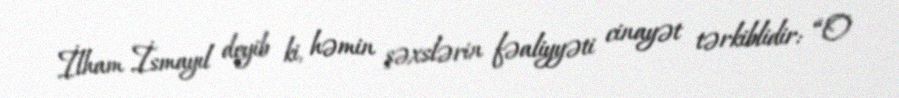
İlham İsmayıl deyib ki, həmin şəxslərin fəaliyyəti cinayət tərkiblidir: “O